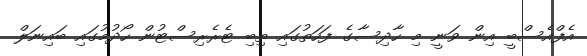
އެފްއެސްބީ އިން ވަނީ މި ހާދިސާގެ ފަހަތުގައި ތިބި ޓެރެރިސްޓުން ހޯދުމުގައި ބައިނަލް